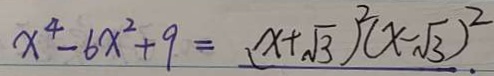
x ^ { 4 } - 6 x ^ { 2 } + 9 = ( x + \sqrt { 3 } ) ^ { 2 } ( x - \sqrt { 3 } ) ^ { 2 } .